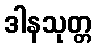
ဒါနသုတ္တ